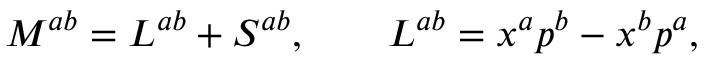
M ^ { a b } = L ^ { a b } + { \cal S } ^ { a b } , \qquad L ^ { a b } = x ^ { a } p ^ { b } - x ^ { b } p ^ { a } ,